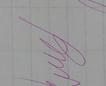
Signature authenticity: genuine